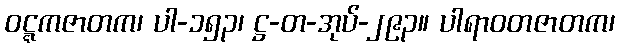
ဝဋ္ဋကဇာတက၊ ပါ-၁၅၃၊ ဋ္ဌ-တ-အုပ်-၂၉၃။ ပါရာဝတဇာတက၊